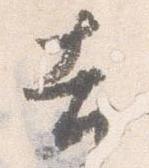
吉